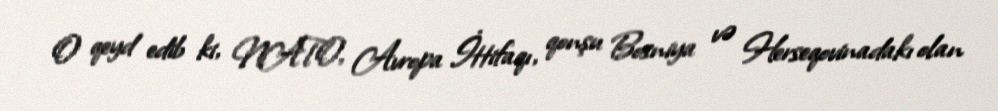
O qeyd edib ki, NATO, Avropa İttifaqı, qonşu Bosniya və Herseqovinadakı olan